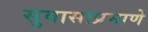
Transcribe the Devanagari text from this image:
सुवासाप्रमाणे